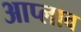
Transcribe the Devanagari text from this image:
आप्लाव